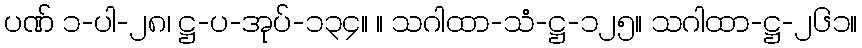
ပဏ် ၁-ပါ-၂၈၊ ဋ္ဌ-ပ-အုပ်-၁၃၄။ ။ သဂါထာ-သံ-ဋ္ဌ-၁၂၅။ သဂါထာ-ဋ္ဌ-၂၆၁။